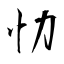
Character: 忇